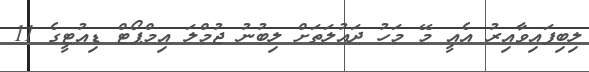
ލިބިފައިވާއިރު އެއީ މޭ މަހު ދައުލަތަށް ލިބުނު ޖުމްލަ އިމްޕޯޓް ޑިއުޓީގެ 11